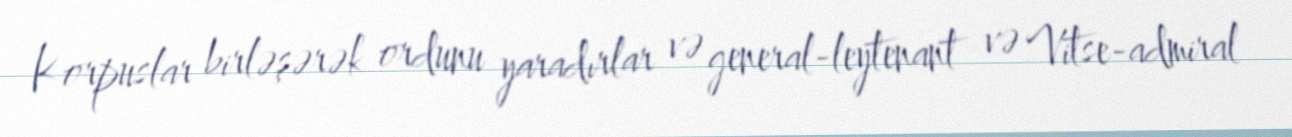
Korpuslar birləşərək ordunu yaradırlar və general-leytenant və Vitse-admiral